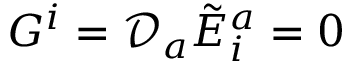
G ^ { i } = { \mathcal { D } } _ { a } { \tilde { E } } _ { i } ^ { a } = 0